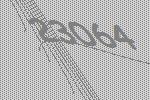
23064